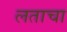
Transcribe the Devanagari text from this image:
लताचा